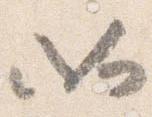
如